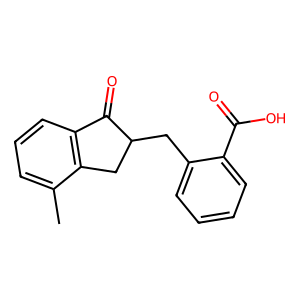
SMILES: Cc1cccc2c1CC(Cc1ccccc1C(=O)O)C2=O
Inhibits HIV replication: No